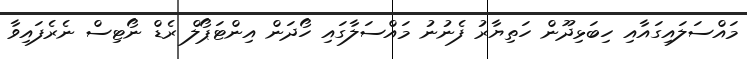
މައްސަލައިގައާއި ހިބަޅިދޫން ހަތިޔާރު ފެނުނު މައްސަލާގައި ހޯދަން އިންޓަޕޯލް ރެޑް ނޯޓިސް ނެރެފައިވާ